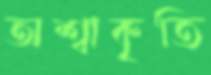
অশ্বাকৃতি